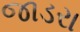
જાડરા